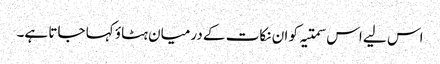
اس لیے اس سمتیہ کو ان نکات کے درمیان ہٹاؤ کہا جاتا ہے۔